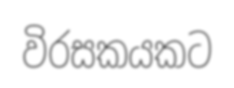
විරසකයකට